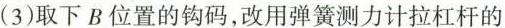
(3)取下B位置的钩码，改用弹簧测力计拉杠杆的